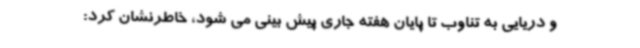
و دریایی به تناوب تا پایان هفته جاری پیش بینی می شود، خاطرنشان کرد: